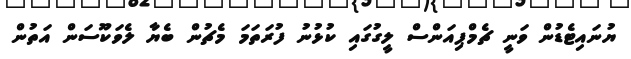
ޔުނައިޓެޑުން ވަނީ ޗެމްޕިއަންސް ލީގުގައި ކުޅުނު ފުރަތަމަ މެޗުން ބެޔާ ލެވަކޫސަން އަތުން